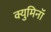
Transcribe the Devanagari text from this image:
क्युमिनॉ